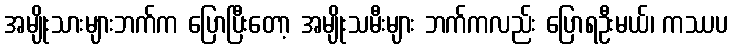
အမျိုးသားများဘက်က ပြောပြီးတော့ အမျိုးသမီးများ ဘက်ကလည်း ပြောရဦးမယ်၊ ကဿပ